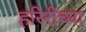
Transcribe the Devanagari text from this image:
हरिरीच्या